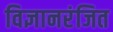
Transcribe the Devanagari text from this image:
विज्ञानरंजित